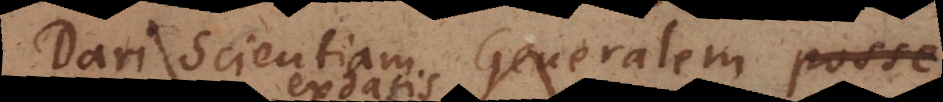
Dari Scientiam Generalem, cujus